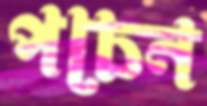
পচেন